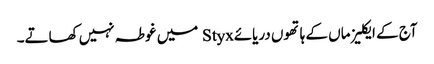
آج کے ایکلیز ماں کے ہاتھوں دریائےStyx میں غوطہ نہیں کھاتے۔